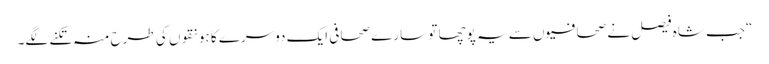
“جب شاہ فیصل نے صحافیوں سے یہ پوچھا تو سارے صحافی ایک دوسرے کا ہونقوں کی طرح منہ تکنے لگے۔